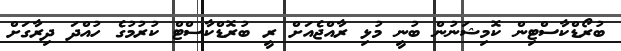
ބުރޯޑްކާސްޓިން ކޮމިޝަނުން ބުނީ މުޅި ރާއްޖެއަށް ރީ ބުރޮޑްކާސްޓް ކުރުމުގެ ހުއްދަ ދިރާގަށް